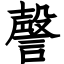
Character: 謦